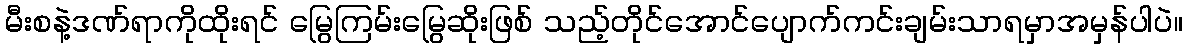
မီးစနဲ့ဒဏ်ရာကိုထိုးရင် မြွေကြမ်းမြွေဆိုးဖြစ် သည့်တိုင်အောင်ပျောက်ကင်းချမ်းသာရမှာအမှန်ပါပဲ။